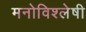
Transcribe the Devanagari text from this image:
मनोविश्लेषी